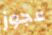
عجوز